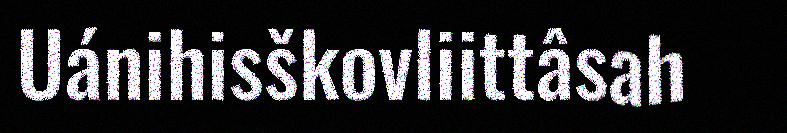
Uánihisškovliittâsah